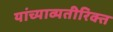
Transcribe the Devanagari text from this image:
यांच्याव्यतीरिक्त